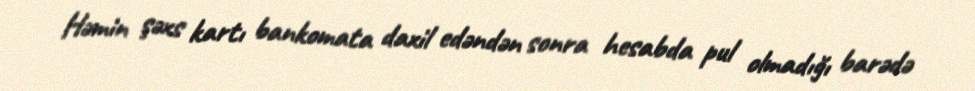
Həmin şəxs kartı bankomata daxil edəndən sonra hesabda pul olmadığı barədə